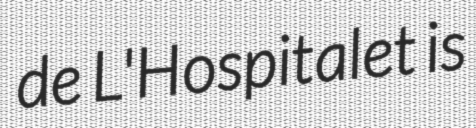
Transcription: de L'Hospitalet is